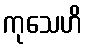
ကုသေဟိ